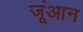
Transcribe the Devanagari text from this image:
जूंआन